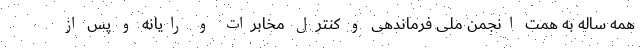
همه ساله به همت انجمن ملی فرماندهی و کنترل مخابرات و رایانه و پس از